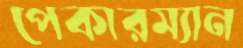
পেকারম্যান